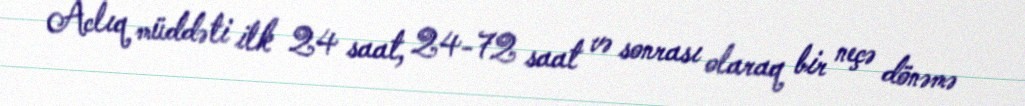
Aclıq müddəti ilk 24 saat, 24-72 saat və sonrası olaraq bir neçə dönəmə